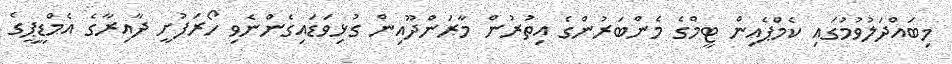
މިބައްދަލުވުމުގައި ކެމްޕެއިން ޓީމްގެ މެންބަރުންގެ އިތުރުން މާރަންދޫއިން ގުޅިވަޑައިގެންނެވި ހޯރަފުށީ ދާއިރާގެ އެމްޑީޕީގެ